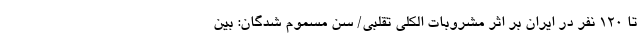
تا ۱۲۰ نفر در ایران بر اثر مشروبات الکلی تقلبی/ سن مسموم شدگان: بین